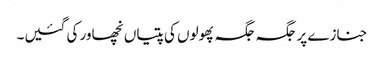
جنازے پر جگہ جگہ پھولوں کی پتیاں نچھاور کی گئیں۔